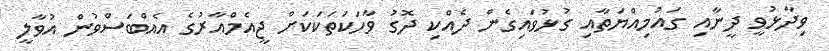
ވިދާޅުވީ ދީނާއި ގައުމިއްޔަތާއި ގުޅުވައިގެން ދެއްކި ދޮގު ވާހަކަތަކަކަށް ޖީއެމްއާރުގެ އެއްބަސްވުން އުވާލީ